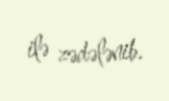
ilə zədələnib.